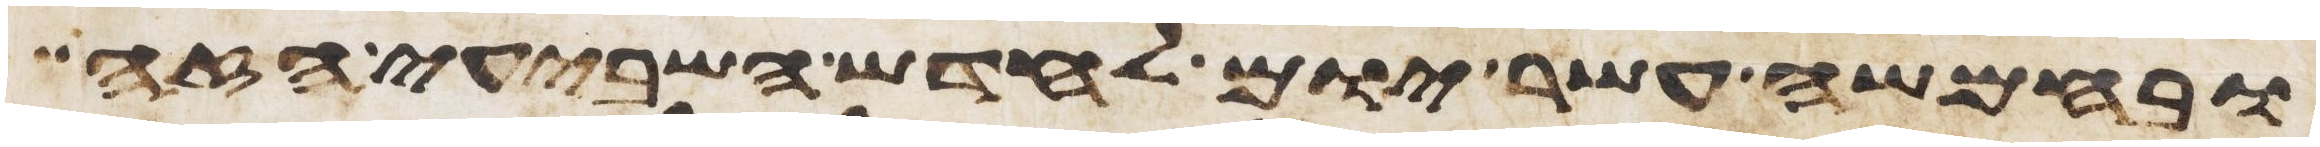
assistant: ובחמשה עשר יום לחדש השביעי הזה